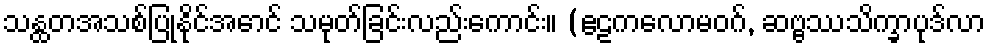
သန္ထတအသစ်ပြုနိုင်အောင် သမုတ်ခြင်းလည်းကောင်း။ (ဧဠကလောမဝဂ်, ဆဗ္ဗဿသိက္ခာပုဒ်လာ